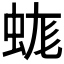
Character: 𧊑